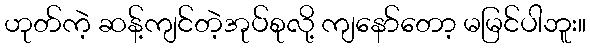
ဟုတ်ကဲ့ ဆန့်ကျင်တဲ့အုပ်စုလို့ ကျနော်တော့ မမြင်ပါဘူး။